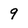
Character: 9